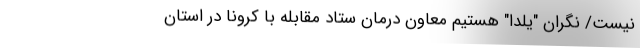
نیست/ نگران "یلدا" هستیم معاون درمان ستاد مقابله با کرونا در استان